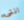
انتى